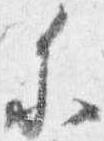
参